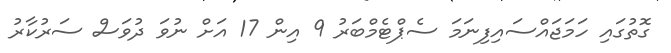
ގޮތުގައި ހަމަޖައްސައިފިނަމަ ސެޕްޓެމްބަރު 9 އިން 17 އަށް ނުވަ ދުވަސް ސަރުކާރު